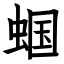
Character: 蝈